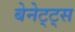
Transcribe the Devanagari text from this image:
बेनेट्ट्स